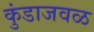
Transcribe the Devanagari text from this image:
कुंडाजवळ